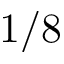
1 / 8